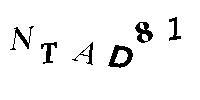
NTAD81